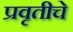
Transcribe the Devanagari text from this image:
प्रवृतीचे